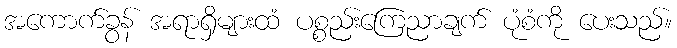
အကောက်ခွန် အရာရှိများထံ ပစ္စည်းကြေညာချက် ပုံစံကို ပေးသည်။